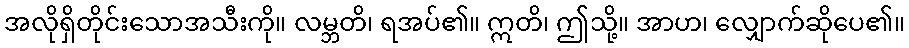
အလိုရှိတိုင်းသောအသီးကို။ လမ္ဘတိ၊ ရအပ်၏။ ဣတိ၊ ဤသို့။ အာဟ၊ လျှောက်ဆိုပေ၏။